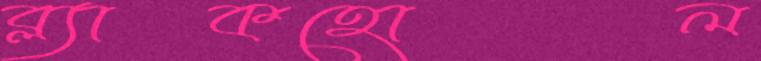
ব্ল্যাকহোল